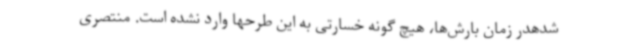
شدهدر زمان بارش‌ها، هیچ گونه خسارتی به این طرحها وارد نشده است. منتصری